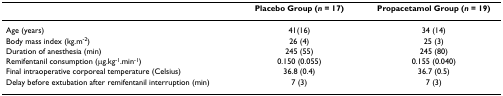
<table><thead><tr><td></td><td><b>Placebo Group (<i>n </i>= 17)</b></td><td><b>Propacetamol Group (<i>n </i>= 19)</b></td></tr></thead><tbody><tr><td>Age (years)</td><td>41(16)</td><td>34 (14)</td></tr><tr><td>Body mass index (kg.m<sup>-2</sup>)</td><td>26 (4)</td><td>25 (3)</td></tr><tr><td>Duration of anesthesia (min)</td><td>245 (55)</td><td>245 (80)</td></tr><tr><td>Remifentanil consumption (μg.kg<sup>-1</sup>.min<sup>-1</sup>)</td><td>0.150 (0.055)</td><td>0.155 (0.040)</td></tr><tr><td>Final intraoperative corporeal temperature (Celsius)</td><td>36.8 (0.4)</td><td>36.7 (0.5)</td></tr><tr><td>Delay before extubation after remifentanil interruption (min)</td><td>7 (3)</td><td>7 (3)</td></tr></tbody></table>